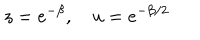
z = e ^ { - \beta } , \quad u = e ^ { - \beta / 2 }